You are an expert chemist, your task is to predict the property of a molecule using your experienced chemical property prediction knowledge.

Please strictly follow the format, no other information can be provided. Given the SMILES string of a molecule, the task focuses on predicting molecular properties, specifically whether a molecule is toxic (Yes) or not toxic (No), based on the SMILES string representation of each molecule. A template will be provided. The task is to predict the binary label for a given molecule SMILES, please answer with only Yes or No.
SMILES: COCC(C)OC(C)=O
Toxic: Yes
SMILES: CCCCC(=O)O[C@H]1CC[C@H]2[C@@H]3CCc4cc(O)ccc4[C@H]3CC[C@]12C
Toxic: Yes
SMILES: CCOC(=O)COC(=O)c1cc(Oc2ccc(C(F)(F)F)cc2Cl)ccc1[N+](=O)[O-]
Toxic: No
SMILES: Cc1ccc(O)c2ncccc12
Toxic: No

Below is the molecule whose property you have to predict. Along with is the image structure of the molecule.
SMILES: OCC(Br)CBr
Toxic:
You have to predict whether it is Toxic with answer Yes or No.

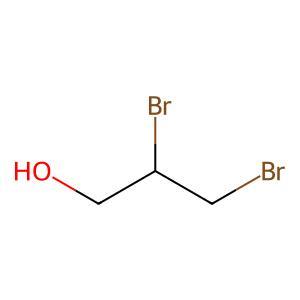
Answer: No